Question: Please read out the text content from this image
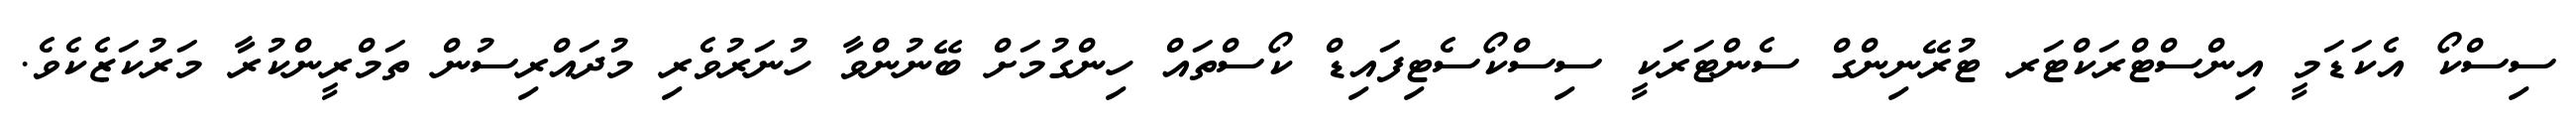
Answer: ސިސްކޯ އެކަޑަމީ އިންސްޓްރަކްޓަރ ޓުރޭނިންގް ސެންޓަރަކީ ސިސްކޯސެޓިފައިޑް ކޯސްތައް ހިންގުމަށް ބޭނުންވާ ހުނަރުވެރި މުދައްރިސުން ތަމްރީންކުރާ މަރުކަޒެކެވެ.